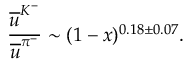
\frac { \overline { { { u } } } ^ { K ^ { - } } } { \overline { { { u } } } ^ { \pi ^ { - } } } \sim ( 1 - x ) ^ { 0 . 1 8 \pm 0 . 0 7 } .